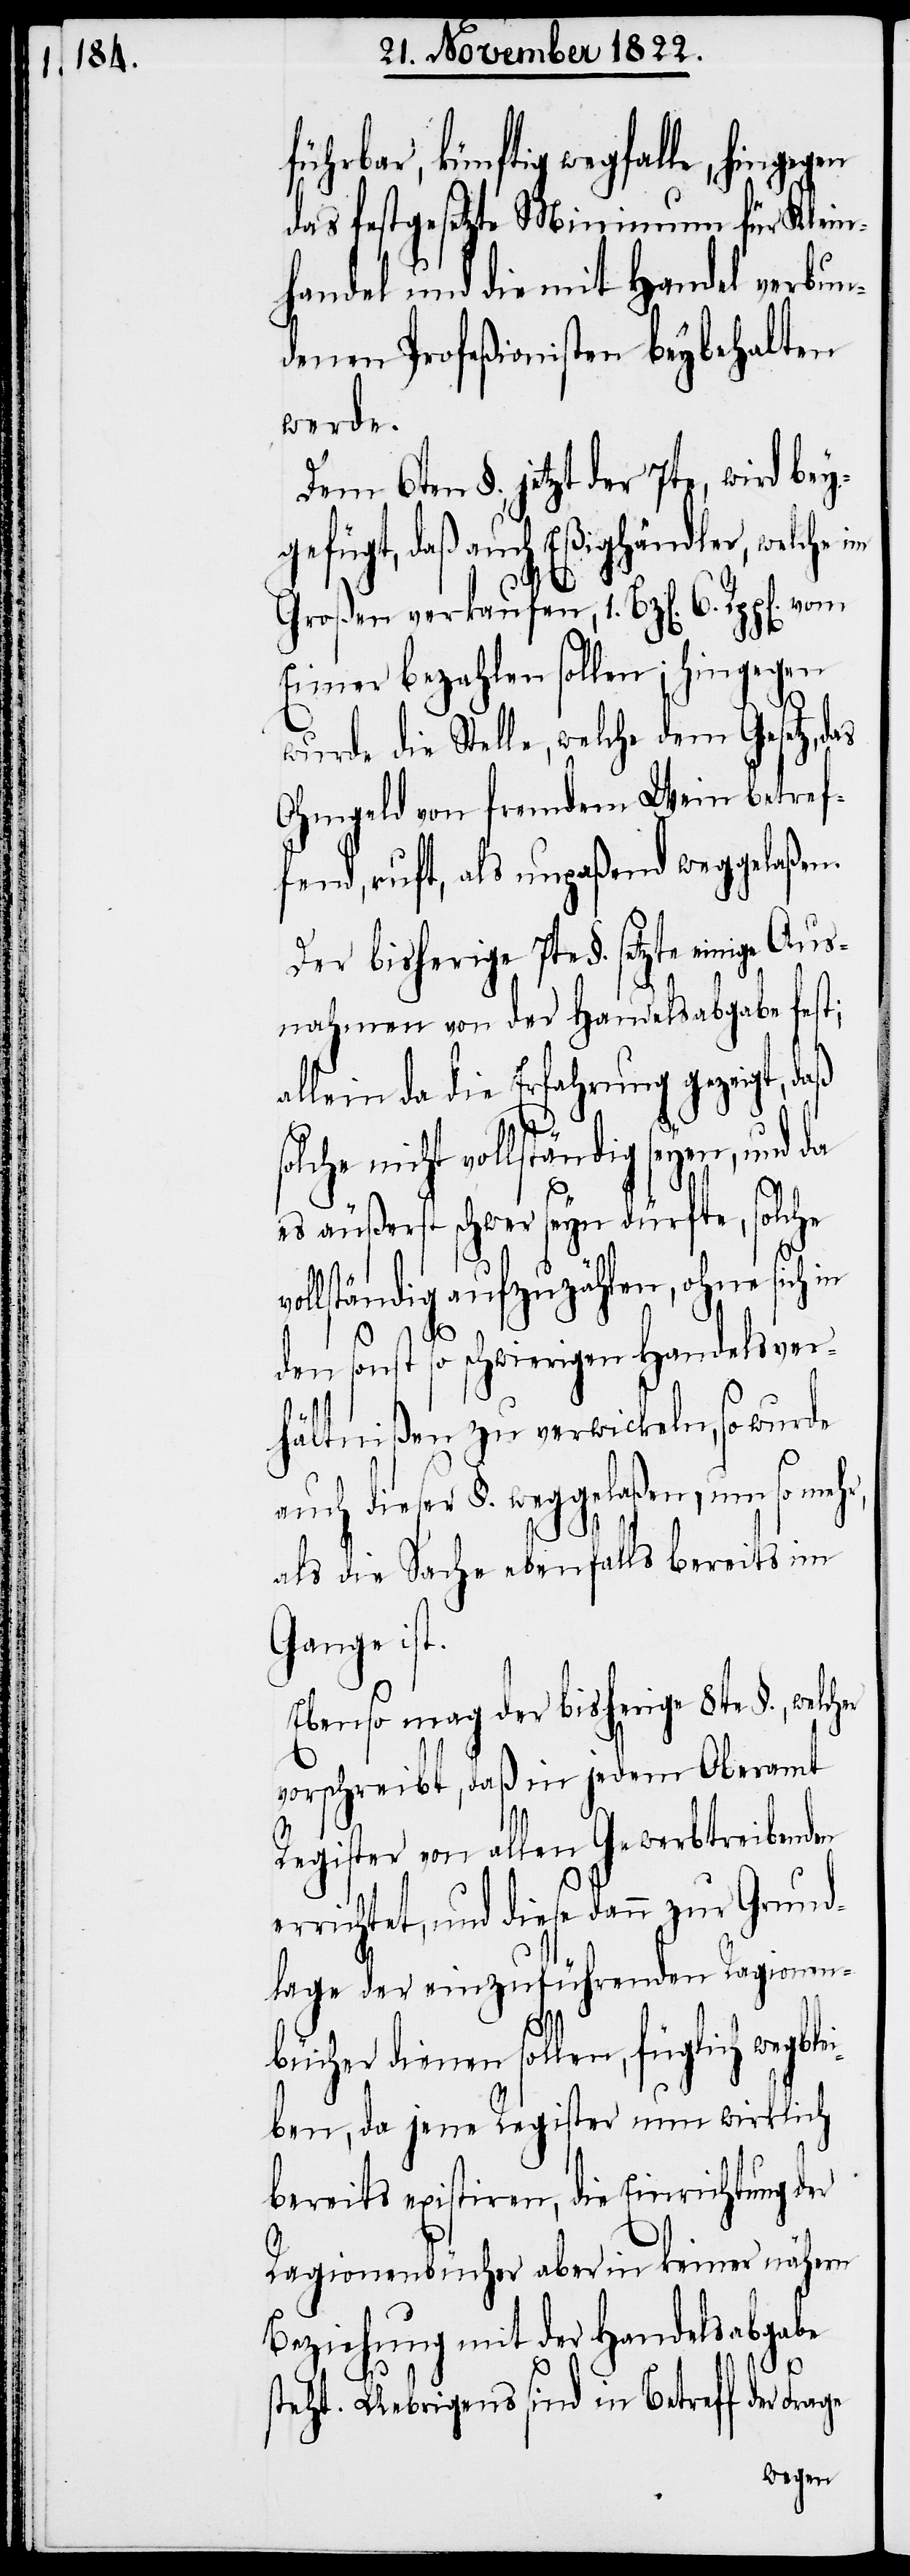
hrbar, künftig wegfalle, hingegen
das festgesetzte Minimum für Klein¬
handel und die mit Handel verbun¬
denen Profeßionisten beybehalten
werde.
Dem 6ten §., jetzt der 7te, wird bey¬
gefügt, daß auch Eßighändler, welche
Großen verkaufen, 1. Bz[en]. 6.
Eimer bezahlen sollen; hingegen
wurde die Stelle, welche dem Gesetz, d¬
Ohmgeld von fremdem Wein betrtef¬
fend, ruft, als unpaßend weggelaßen.
Der bisherige 7te §. setzte einige Aus¬
nahmen von der Handelsabgabe fest;
allein da die Erfahrung gezeigt, daß
s¬
olche nicht vollständig seyen, und da
es äußerst schwer seyn dürfte, solche
le¬
lständig aufzuzählen, ohne sich
den sonst so schwierigen Handelsver¬
hältnißen zu verwickeln, so wurde
auch dieser §. weggelaßen, um so meh¬
als die Sache ebefalls bereits im
Gange ist.
Ebenso mag der bisherige 8te §., welc¬
vorschreibt, daß in jedem Oberamt
Register von allen Gewerbtreibenden
errichtet, und diese dann zur Grund¬
lage der einzuführenden Ragionen¬
bücher dienen sollen, füglich wegb¬
iben, da jene Register nun wirklich
bereits existiren, die Einrichtung der
Ragionenbücher aber in keiner nähern
Beziehung mit der Handelsabgabe
r,
steht. Uebrigens sind in Betreff der Frage